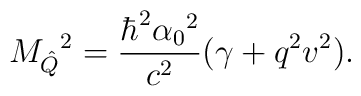
{M_{\hat{Q}}}^2 = \frac{\hbar^2 {\alpha_0}^2}{c^2} ( \gamma + q^2 v^2).